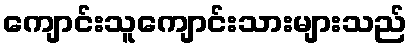
ကျောင်းသူကျောင်းသားများသည်